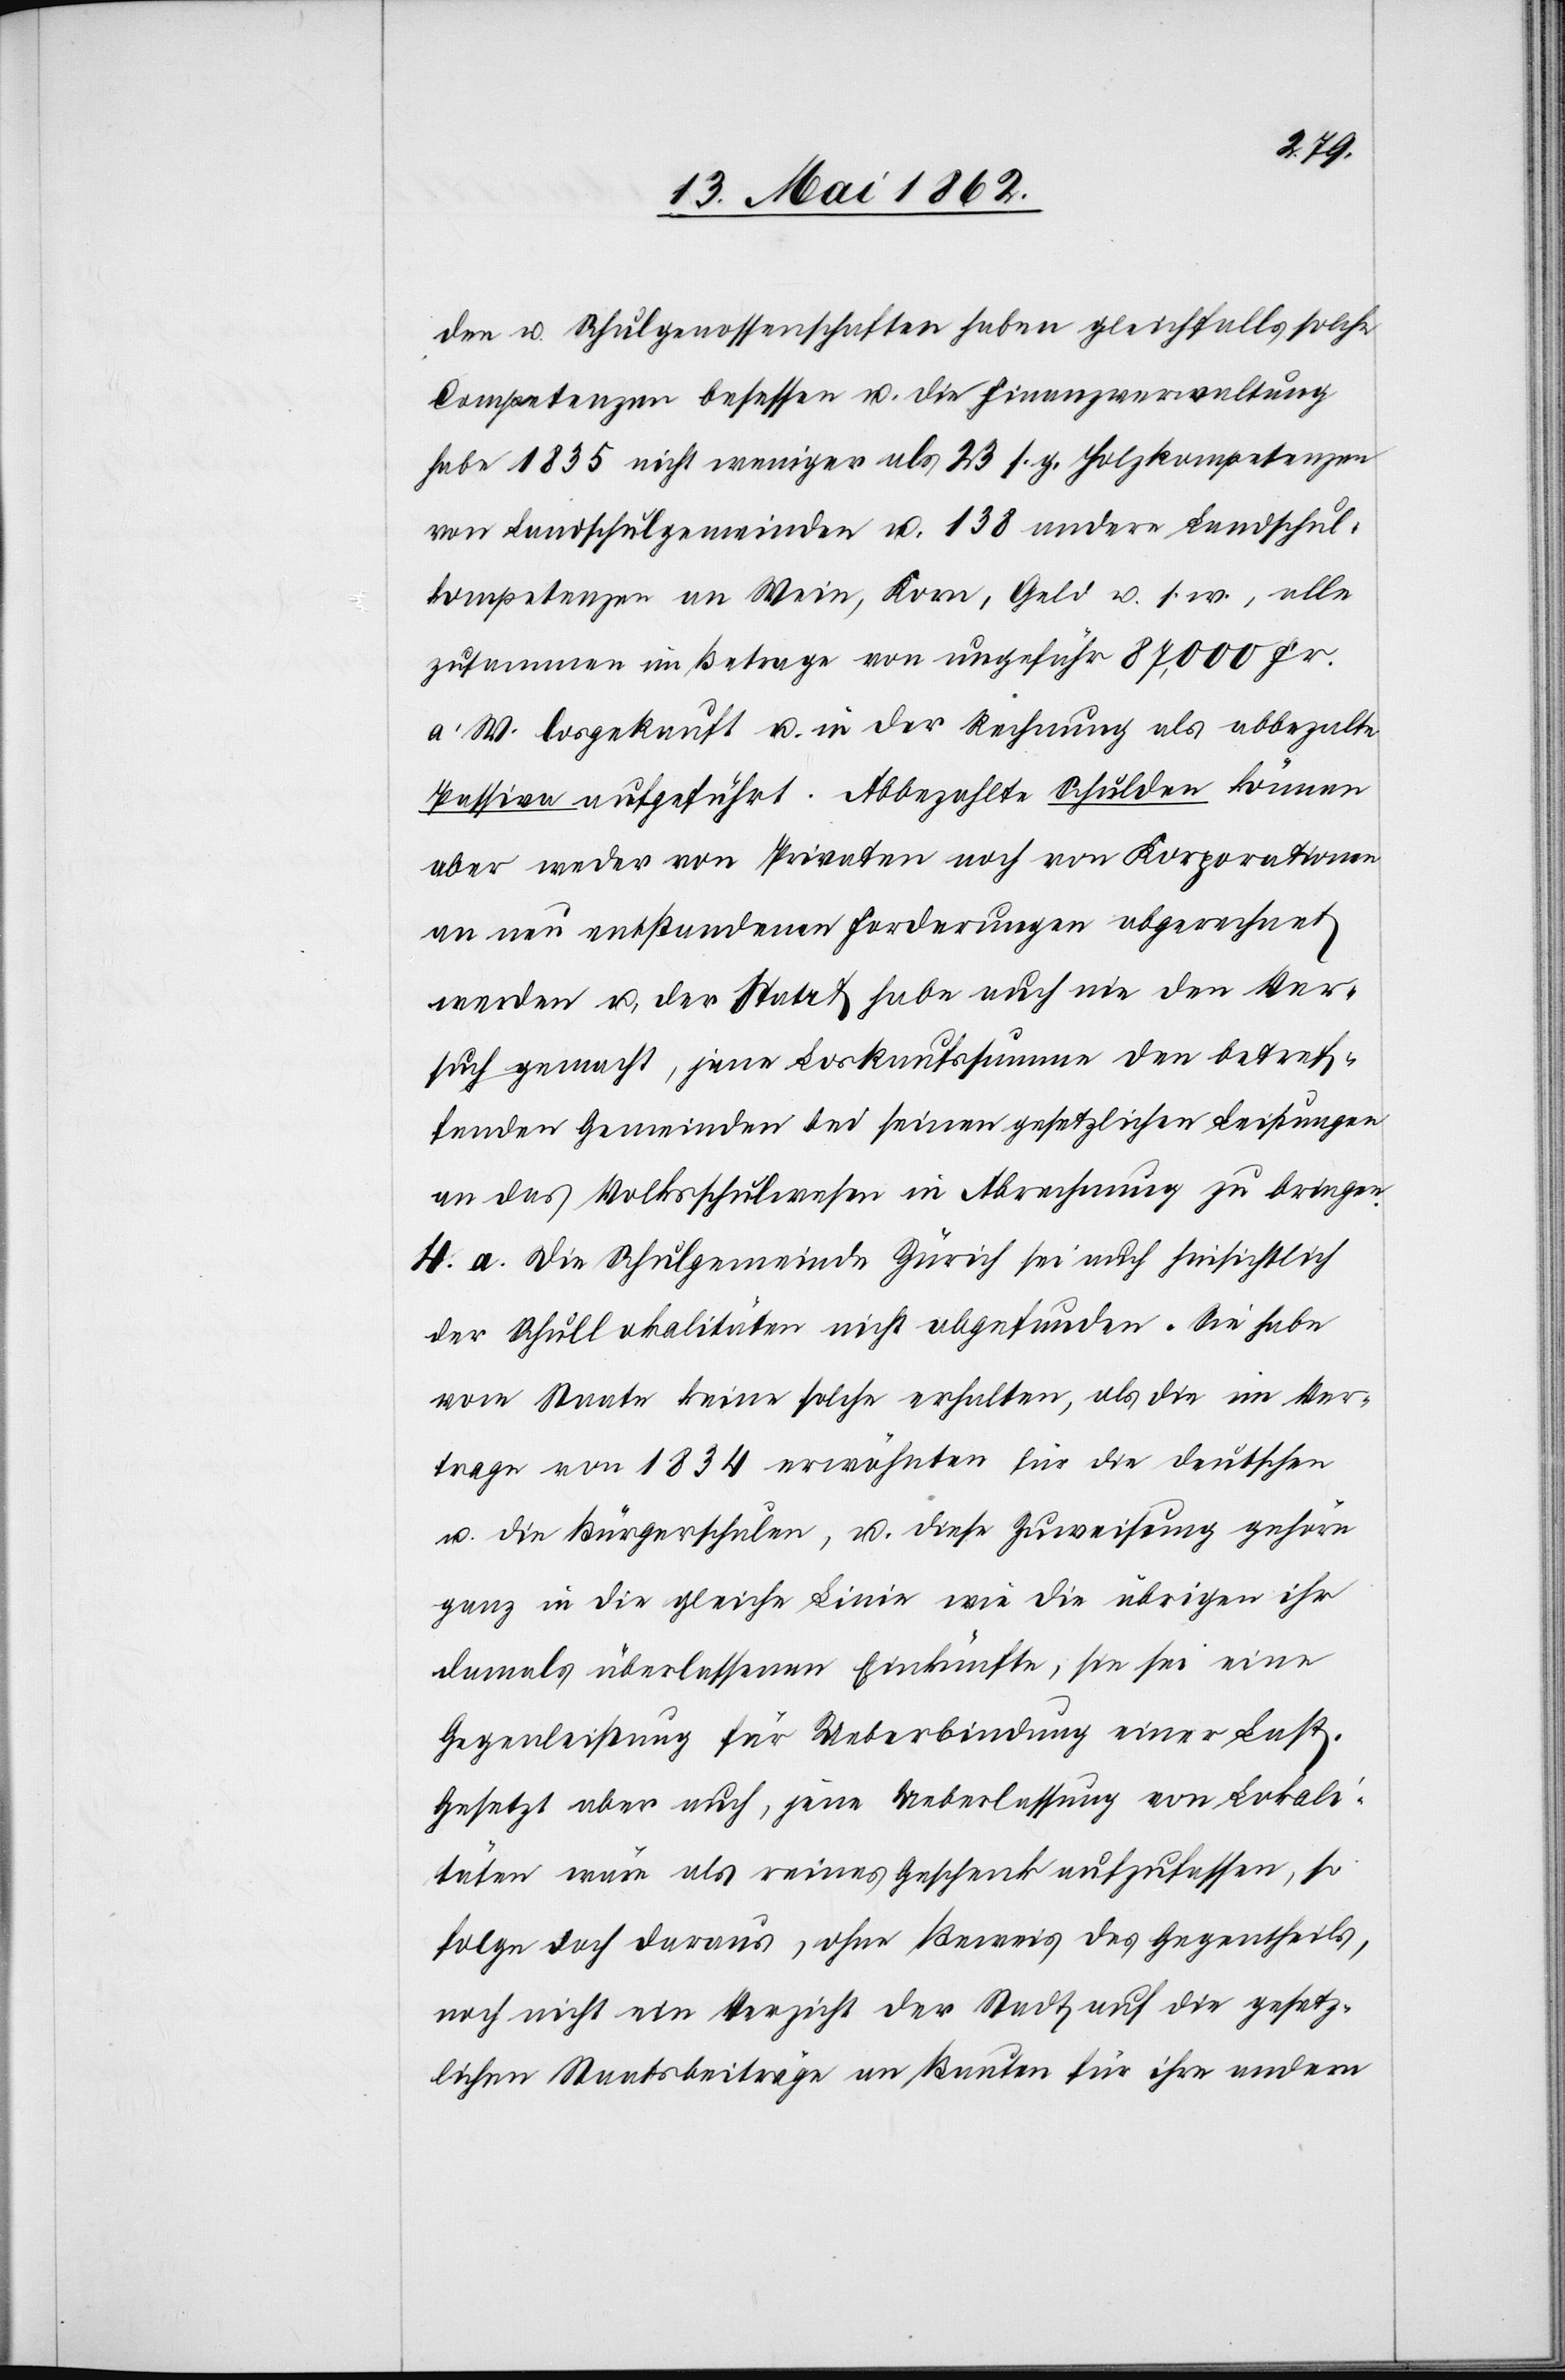
den u. Schulgenossenschaften haben gleichfalls solche
Competenzen besessen u. die Finanzverwaltung
habe 1835 nicht weniger als 23 s. g. Holzkompetenzen
von Landschulgemeinden u. 138 andere Landschul¬
kompetenzen an Wein, Korn, Geld u. s. w., alle
zusammen im Betrage von ungefähr 87,000 Fr.
a. W. losgekauft u. in der Rechnung als abbezahlte
Passive aufgeführt. Abbezahlte Schulden können
aber weder von Privaten noch von Korporationen
an neu entstandenen Forderungen abgerechnet
werden u. der Staat habe auch nie den Ver¬
such gemacht, jene Loskaufssumme den betref¬
fenden Gemeinden bei seinen gesetzlichen Leistungen
an das Volksschulwesen in Abrechnung zu bringen.
4. a. Die Schulgemeinde Zürich sei auch hinsichtlich
der Schullokalitäten nicht abgefunden. Sie habe
vom Staate keine solche erhalten, als die im Ver¬
trage von 1834 erwähnten als die deutschen
u. die Bürgerschulen, u. diese Zuweisung gehöre
ganz in die gleiche Linie wie die übrigen ihr
damals überlassenen Einkünfte, sie sei eine
Gegenleistung für Ueberbindung einer Last.
Gesetzt aber auch, jene Ueberlassung von Lokali¬
täten wäre als reines Geschenk aufzufassen, so
folge doch daraus, ohne Beweis des Gegentheils,
noch nicht ein Verzicht der Stadt auf die gesetz¬
lichen Staatsbeiträge an Bauten für ihre andern